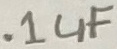
Text: .1µF